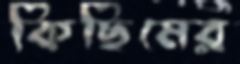
কিছিমের